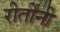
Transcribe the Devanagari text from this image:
रीतींनी